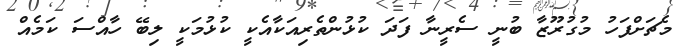
މެޗަށްފަހު މުގުރޫޒާ ބުނީ ސެރީނާ ފަދަ ކުޅުންތެރިއަކާއެކީ ކުޅުމަކީ ލިބޭ ހާއްސަ ކަމެއް